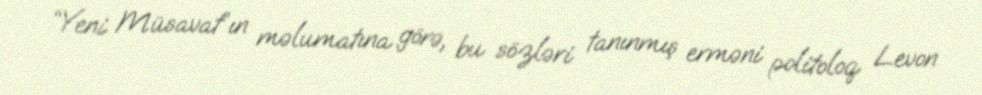
“Yeni Müsavat”ın məlumatına görə, bu sözləri tanınmış erməni politoloq Levon